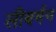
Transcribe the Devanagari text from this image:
लीबर्मन